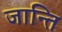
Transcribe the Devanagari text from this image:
जान्ति